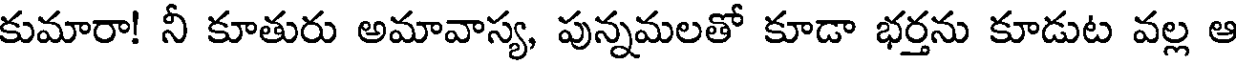
కుమారా! నీ కూతురు అమావాస్య, పున్నమలతో కూడా భర్తను కూడుట వల్ల ఆ